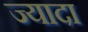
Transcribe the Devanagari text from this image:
ज्यादा